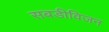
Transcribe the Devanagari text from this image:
सबडीविजन